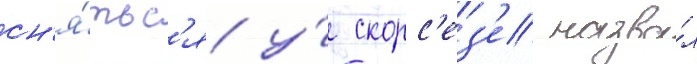
сн'я́тьс'я у́ скорс'ез'е назва́л